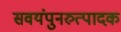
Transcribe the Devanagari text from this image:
सवयंपुनरुत्पादक